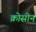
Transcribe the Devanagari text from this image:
क्रोसीन